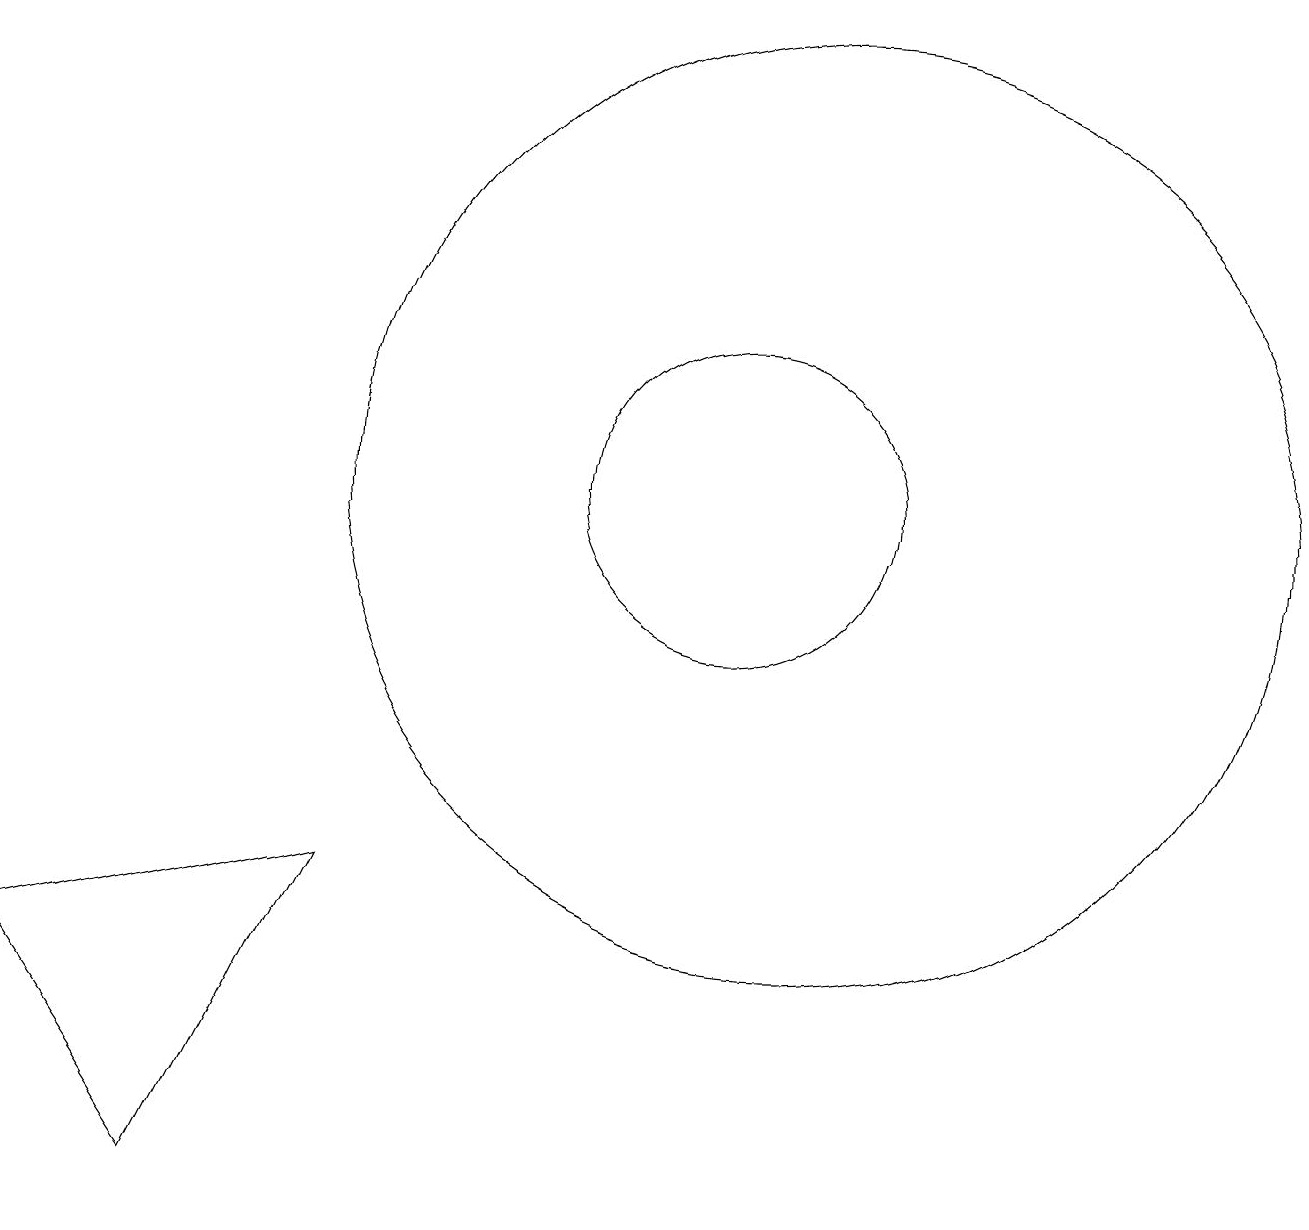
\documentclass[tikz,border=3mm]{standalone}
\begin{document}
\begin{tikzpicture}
\draw (11,11) circle (2);
\draw (4,2) -- (2,5) -- (6,6) -- cycle;
\draw (12,11) circle (6);
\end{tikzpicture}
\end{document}